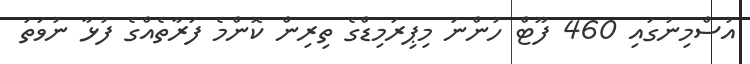
އުސްމިނުގައި 460 ފޫޓް ހުންނަ މިޕިރަމިޑްގެ ތިރިން ކޮންމެ ފަރާތެއްގެ ފުޅާ ނުވަތަ